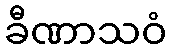
ခီဏာသဝံ